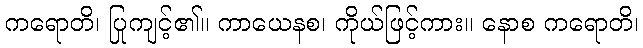
ကရောတိ၊ ပြုကျင့်၏။ ကာယေနစ၊ ကိုယ်ဖြင့်ကား။ နောစ ကရောတိ၊